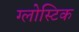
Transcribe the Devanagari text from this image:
ग्लोस्टिक